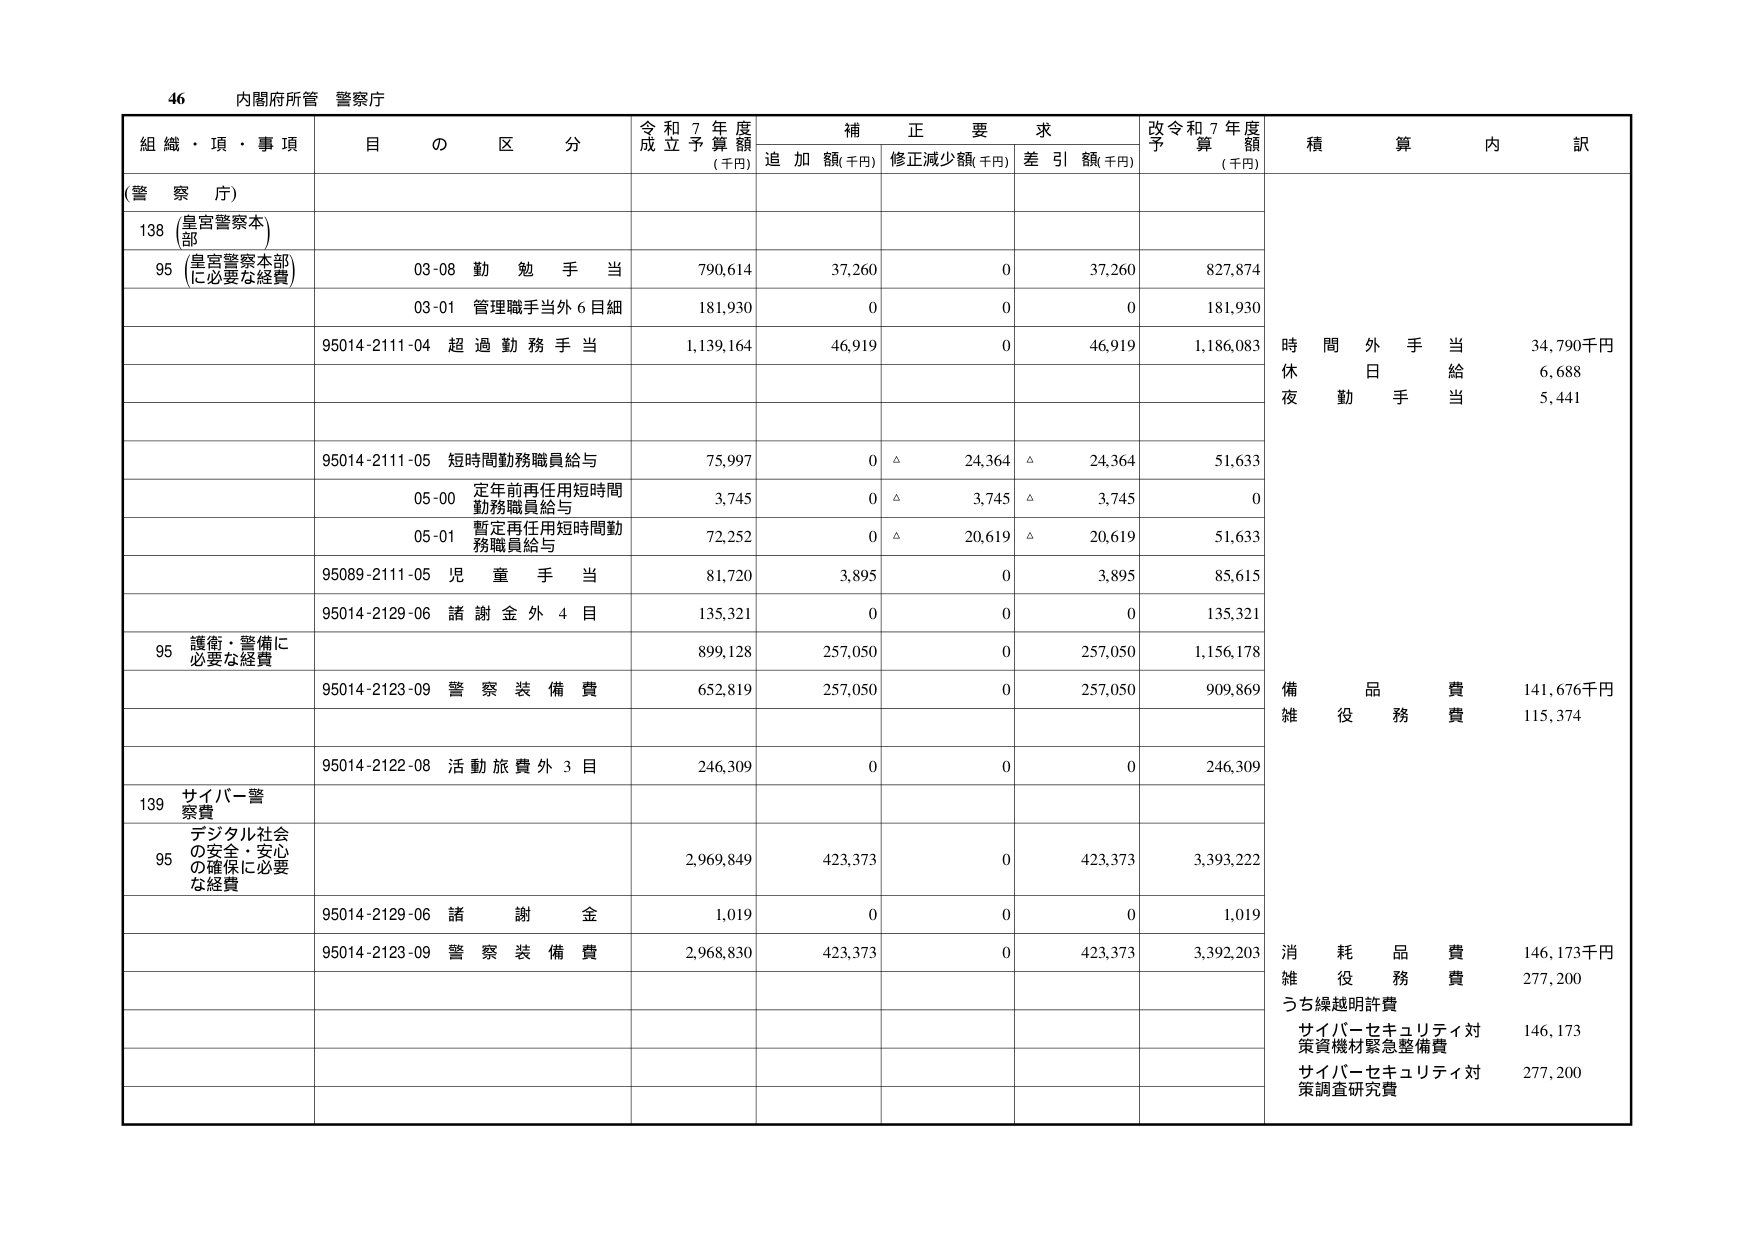
46 内閣府所管 警察庁

組織・項・事項 目の区分 令和7年度成立予算額(千円) 補正要求 追加額(千円) 修正減少額(千円) 差引額(千円) 改令和7年度予算額(千円) 積算内訳

(警察庁)

138 (皇宮警察本部)

95 (皇宮警察本部に必要な経費) 03-08 勤勉手当 790,614 37,260 0 37,260 827,874

03-01 管理職手当外6目細 181,930 0 0 0 181,930

95014-2111-04 超過勤務手当 1,139,164 46,919 0 46,919 1,186,083 時間外手当 34,790千円 休日給 6,688 夜勤手当 5,441

95014-2111-05 短時間勤務職員給与 75,997 0 △ 24,364 △ 24,364 51,633

05-00 定年前再任用短時間勤務職員給与 3,745 0 △ 3,745 △ 3,745 0

05-01 暫定再任用短時間勤務職員給与 72,252 0 △ 20,619 △ 20,619 51,633

95089-2111-05 児童手当 81,720 3,895 0 3,895 85,615

95014-2129-06 諸謝金外4目 135,321 0 0 0 135,321

95 護衛・警備に必要な経費 899,128 257,050 0 257,050 1,156,178 備品費 141,676千円 雑役務費 115,374

95014-2123-09 警察装備費 652,819 257,050 0 257,050 909,869

95014-2122-08 活動旅費外3目 246,309 0 0 0 246,309

139 サイバー警察費

95 デジタル社会の安全・安心の確保に必要な経費 2,969,849 423,373 0 423,373 3,393,222

95014-2129-06 諸謝金 1,019 0 0 0 1,019

95014-2123-09 警察装備費 2,968,830 423,373 0 423,373 3,392,203 消耗品費 146,173千円 雑役務費 277,200 うち繰越明許費 サイバーセキュリティ対策資機材緊急整備費 146,173 サイバーセキュリティ対策調査研究費 277,200